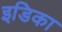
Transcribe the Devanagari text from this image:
इडिका